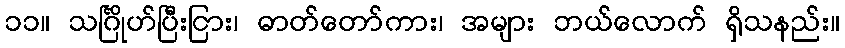
၁၁။ သင်္ဂြိုဟ်ပြီးငြား၊ ဓာတ်တော်ကား၊ အများ ဘယ်လောက် ရှိသနည်း။